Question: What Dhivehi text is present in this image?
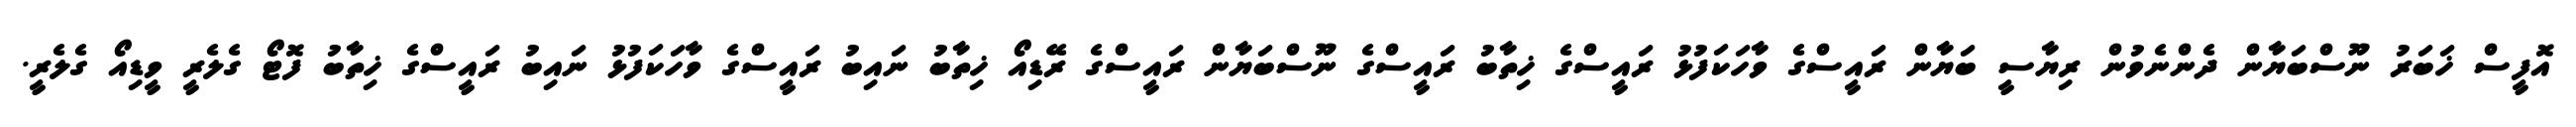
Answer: އޮފީސް ޚަބަރު ނޫސްބަޔާން ދެންނެވުން ރިޔާސީ ބަޔާން ރައީސްގެ ވާހަކަފުޅު ރައީސްގެ ޚިތާބު ރައީސްގެ ނޫސްބަޔާން ރައީސްގެ ރޭޑިއޯ ޚިތާބު ނައިބު ރައީސްގެ ވާހަކަފުޅު ނައިބު ރައީސްގެ ޚިތާބު ފޮޓޯ ގެލެރީ ވީޑިއޯ ގެލެރީ.